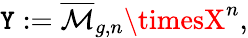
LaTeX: \mathtt{Y}:={\overline{{{\mathcal{{M}}}}}}_{g,n}\timesX^{n},